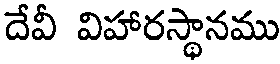
దేవీ విహారస్థానము